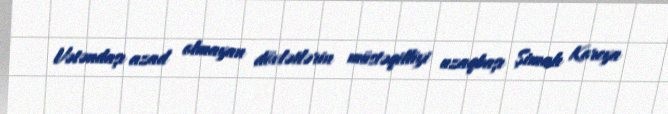
Vətəndaşı azad olmayan dövlətlərin müstəqilliyi uzaqbaşı Şimalı Koreya